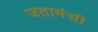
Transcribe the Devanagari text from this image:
जतामंसी